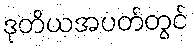
ဒုတိယအပတ်တွင်